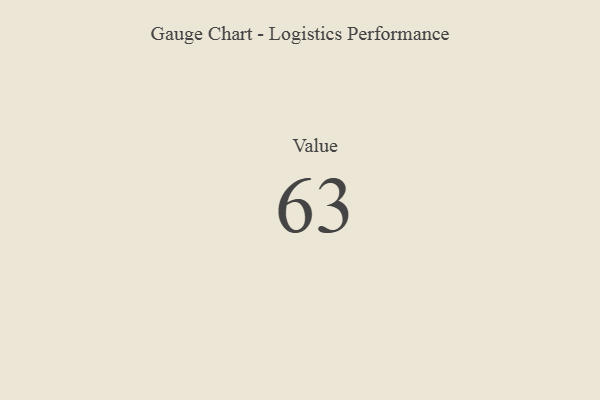
{"axis": {"x": "Metric", "y": "Value"}, "legend": [""], "data": [{"x": "Value", "y": 63, "type": ""}]}